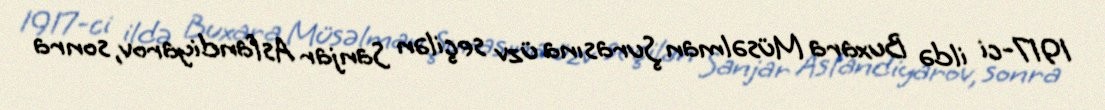
1917-ci ildə Buxara Müsəlman Şurasına üzv seçilən Sanjar Asfandiyarov, sonra